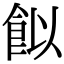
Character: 䬮